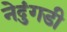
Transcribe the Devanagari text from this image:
नेदुंगडी